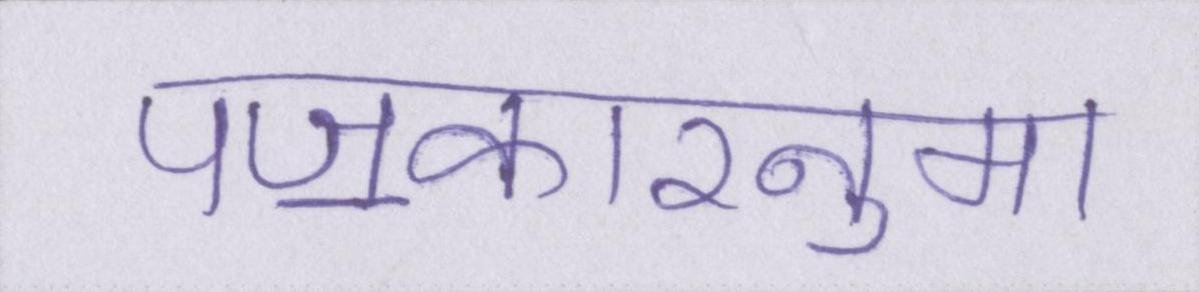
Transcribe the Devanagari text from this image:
पॼकारनुमा